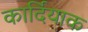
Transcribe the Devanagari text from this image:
कार्दियाक